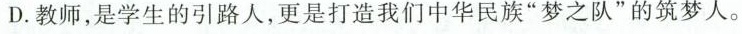
D.教师，是学生的引路人，更是打造我们中华民族”梦之队”的筑梦人。